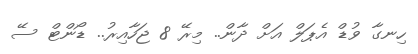
ހިނގާ ވުޑް އެޕަލް އަށް ދާން.. މިރޭ 8 ޖަހާއިރު.. ޑޯންޓް ސޭ